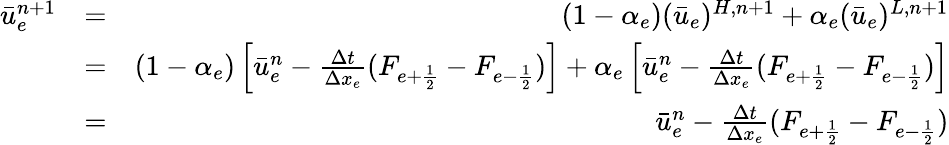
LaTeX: \begin{array}{rlr}{\bar{u}_{e}^{n+1}}&{=}&{(1-\alpha_{e})(\bar{u}_{e})^{H,n+1}+\alpha_{e}(\bar{u}_{e})^{L,n+1}}\\ &{=}&{(1-\alpha_{e})\left[\bar{u}_{e}^{n}-\frac{\Delta t}{\Delta x_{e}}(F_{e+\frac{1}{2}}-F_{e-\frac{1}{2}})\right]+\alpha_{e}\left[\bar{u}_{e}^{n}-\frac{\Delta t}{\Delta x_{e}}(F_{e+\frac{1}{2}}-F_{e-\frac{1}{2}})\right]}\\ &{=}&{\bar{u}_{e}^{n}-\frac{\Delta t}{\Delta x_{e}}(F_{e+\frac{1}{2}}-F_{e-\frac{1}{2}})}\end{array}